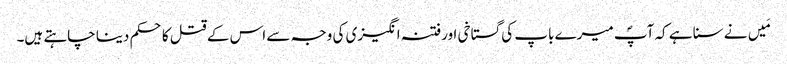
مَیں نے سنا ہے کہ آپؐ میرے باپ کی گستاخی اورفتنہ انگیزی کی وجہ سے اس کے قتل کا حکم دینا چاہتے ہیں۔